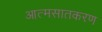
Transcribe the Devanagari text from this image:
आत्मसातकरण